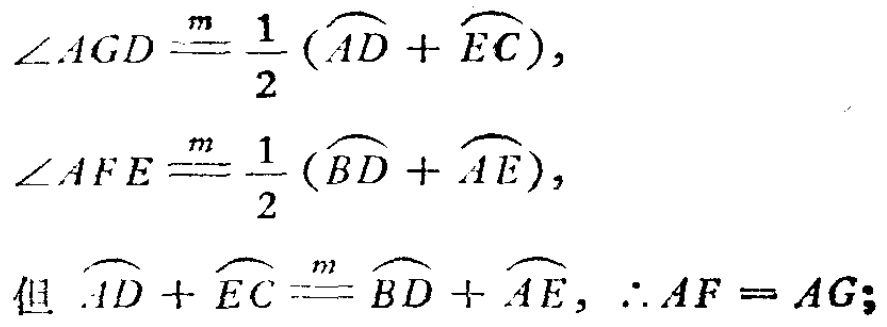
\[\begin{align*}
\angle AGD&\overset{m}{=}\frac{1}{2}(\overset{\frown}{AD}+\overset{\frown}{EC}),\\
\angle AFE&\overset{m}{=}\frac{1}{2}(\overset{\frown}{BD}+\overset{\frown}{AE}),\\
\text{但 }\overset{\frown}{AD}+\overset{\frown}{EC}&\overset{m}{=}\overset{\frown}{BD}+\overset{\frown}{AE},\therefore AF = AG;
\end{align*}\]